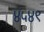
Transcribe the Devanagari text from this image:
४५४९